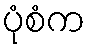
ပုံစံက